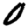
Digit: 0